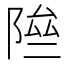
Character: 𨹶